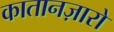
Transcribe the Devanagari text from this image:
कातानज़ारो